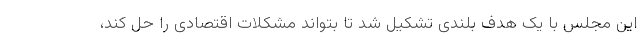
این مجلس با یک هدف بلندی تشکیل شد تا بتواند مشکلات اقتصادی را حل کند،